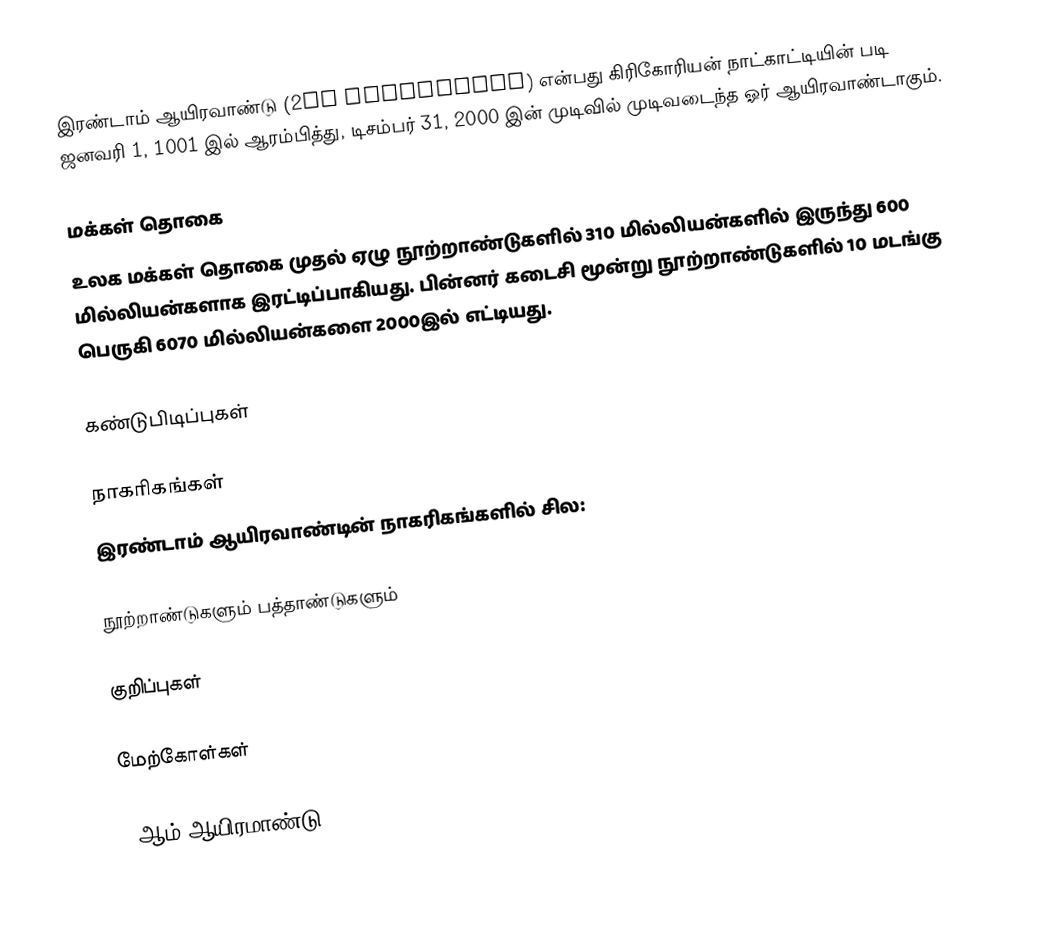
இரண்டாம் ஆயிரவாண்டு (2nd millennium) என்பது கிரிகோரியன் நாட்காட்டியின் படி ஜனவரி 1, 1001 இல் ஆரம்பித்து, டிசம்பர் 31, 2000 இன் முடிவில் முடிவடைந்த ஓர் ஆயிரவாண்டாகும்.

மக்கள் தொகை
உலக மக்கள் தொகை முதல் ஏழு நூற்றாண்டுகளில் 310 மில்லியன்களில் இருந்து 600 மில்லியன்களாக இரட்டிப்பாகியது. பின்னர் கடைசி மூன்று நூற்றாண்டுகளில் 10 மடங்கு பெருகி 6070 மில்லியன்களை 2000இல் எட்டியது.

கண்டுபிடிப்புகள்

நாகரிகங்கள்
இரண்டாம் ஆயிரவாண்டின் நாகரிகங்களில் சில:

நூற்றாண்டுகளும் பத்தாண்டுகளும்

குறிப்புகள்

மேற்கோள்கள்

2-ஆம் ஆயிரமாண்டு